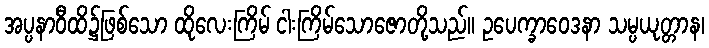
အပ္ပနာဝီထိ၌ဖြစ်သော ထိုလေးကြိမ် ငါးကြိမ်သောဇောတို့သည်။ ဥပေက္ခာဝေဒနာ သမ္ပယုတ္တာန၊